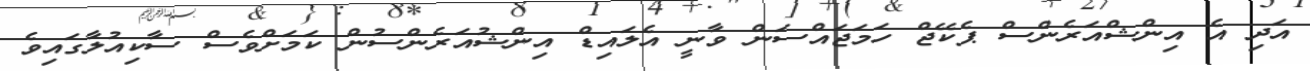
އަދި އެ އިންޝްއަރެންސް ޕެކޭޖް ހަމަޖައްސަން ވާނީ އެލައިޑް އިންޝުއަރެންސުން ކަމަށްވެސް ސާކިއުލާގައިވެ